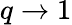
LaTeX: q\to 1